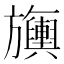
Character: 𬀣